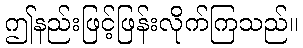
ဤနည်းဖြင့်ဖြန်းလိုက်ကြသည်။